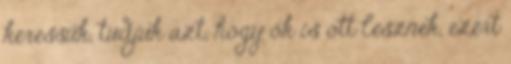
keressük, tudjuk azt, hogy ők is ott lesznek, ezért